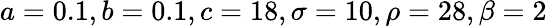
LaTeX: a=0.1,b=0.1,c=18,\sigma=10,\rho=28,\beta=2